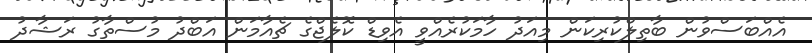
އެއްބަސްވުން ބާތިލްކުރިކަން މިއަދު ހާމަކުރެއްވީ އެވިޑް ކޮލެޖްގެ ޗެއާމަން އަބްދު މުސްތާގު ރަޝާދު